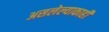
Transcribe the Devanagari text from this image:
असलेल्याकाही